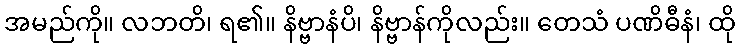
အမည်ကို။ လဘတိ၊ ရ၏။ နိဗ္ဗာနံပိ၊ နိဗ္ဗာန်ကိုလည်း။ တေသံ ပဏိဓီနံ၊ ထို